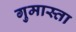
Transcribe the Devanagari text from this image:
गुमास्ता